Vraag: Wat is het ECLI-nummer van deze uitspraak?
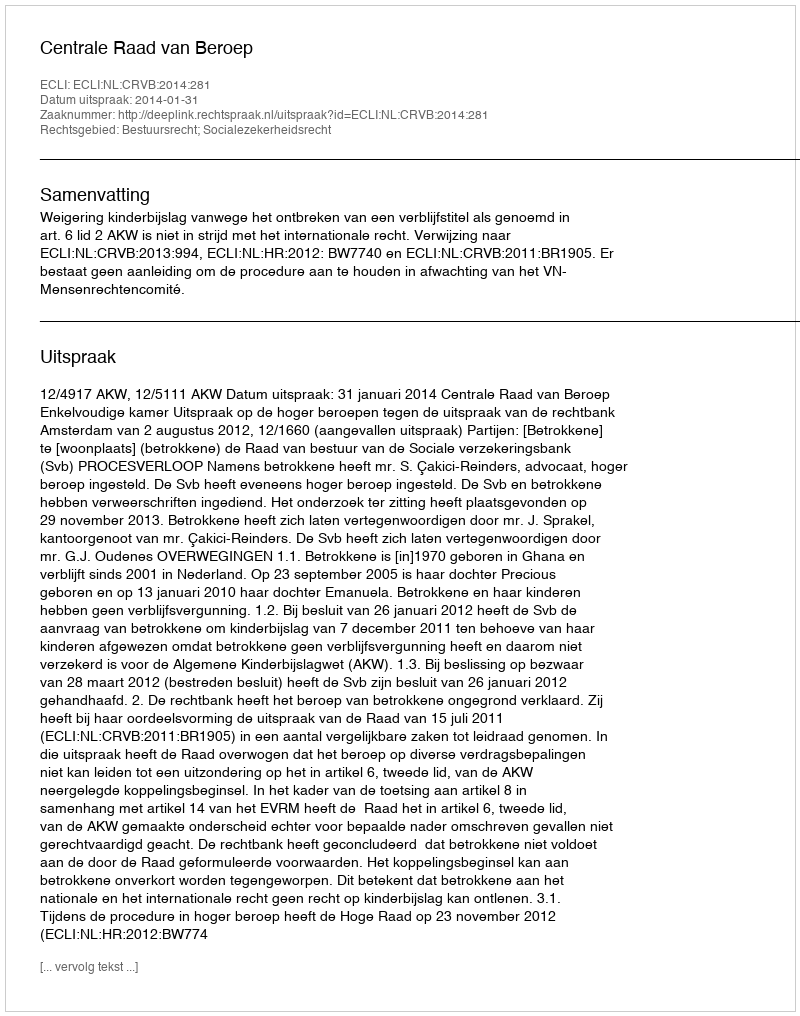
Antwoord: ECLI:NL:CRVB:2014:281